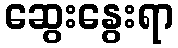
ဆွေးနွေးရာ